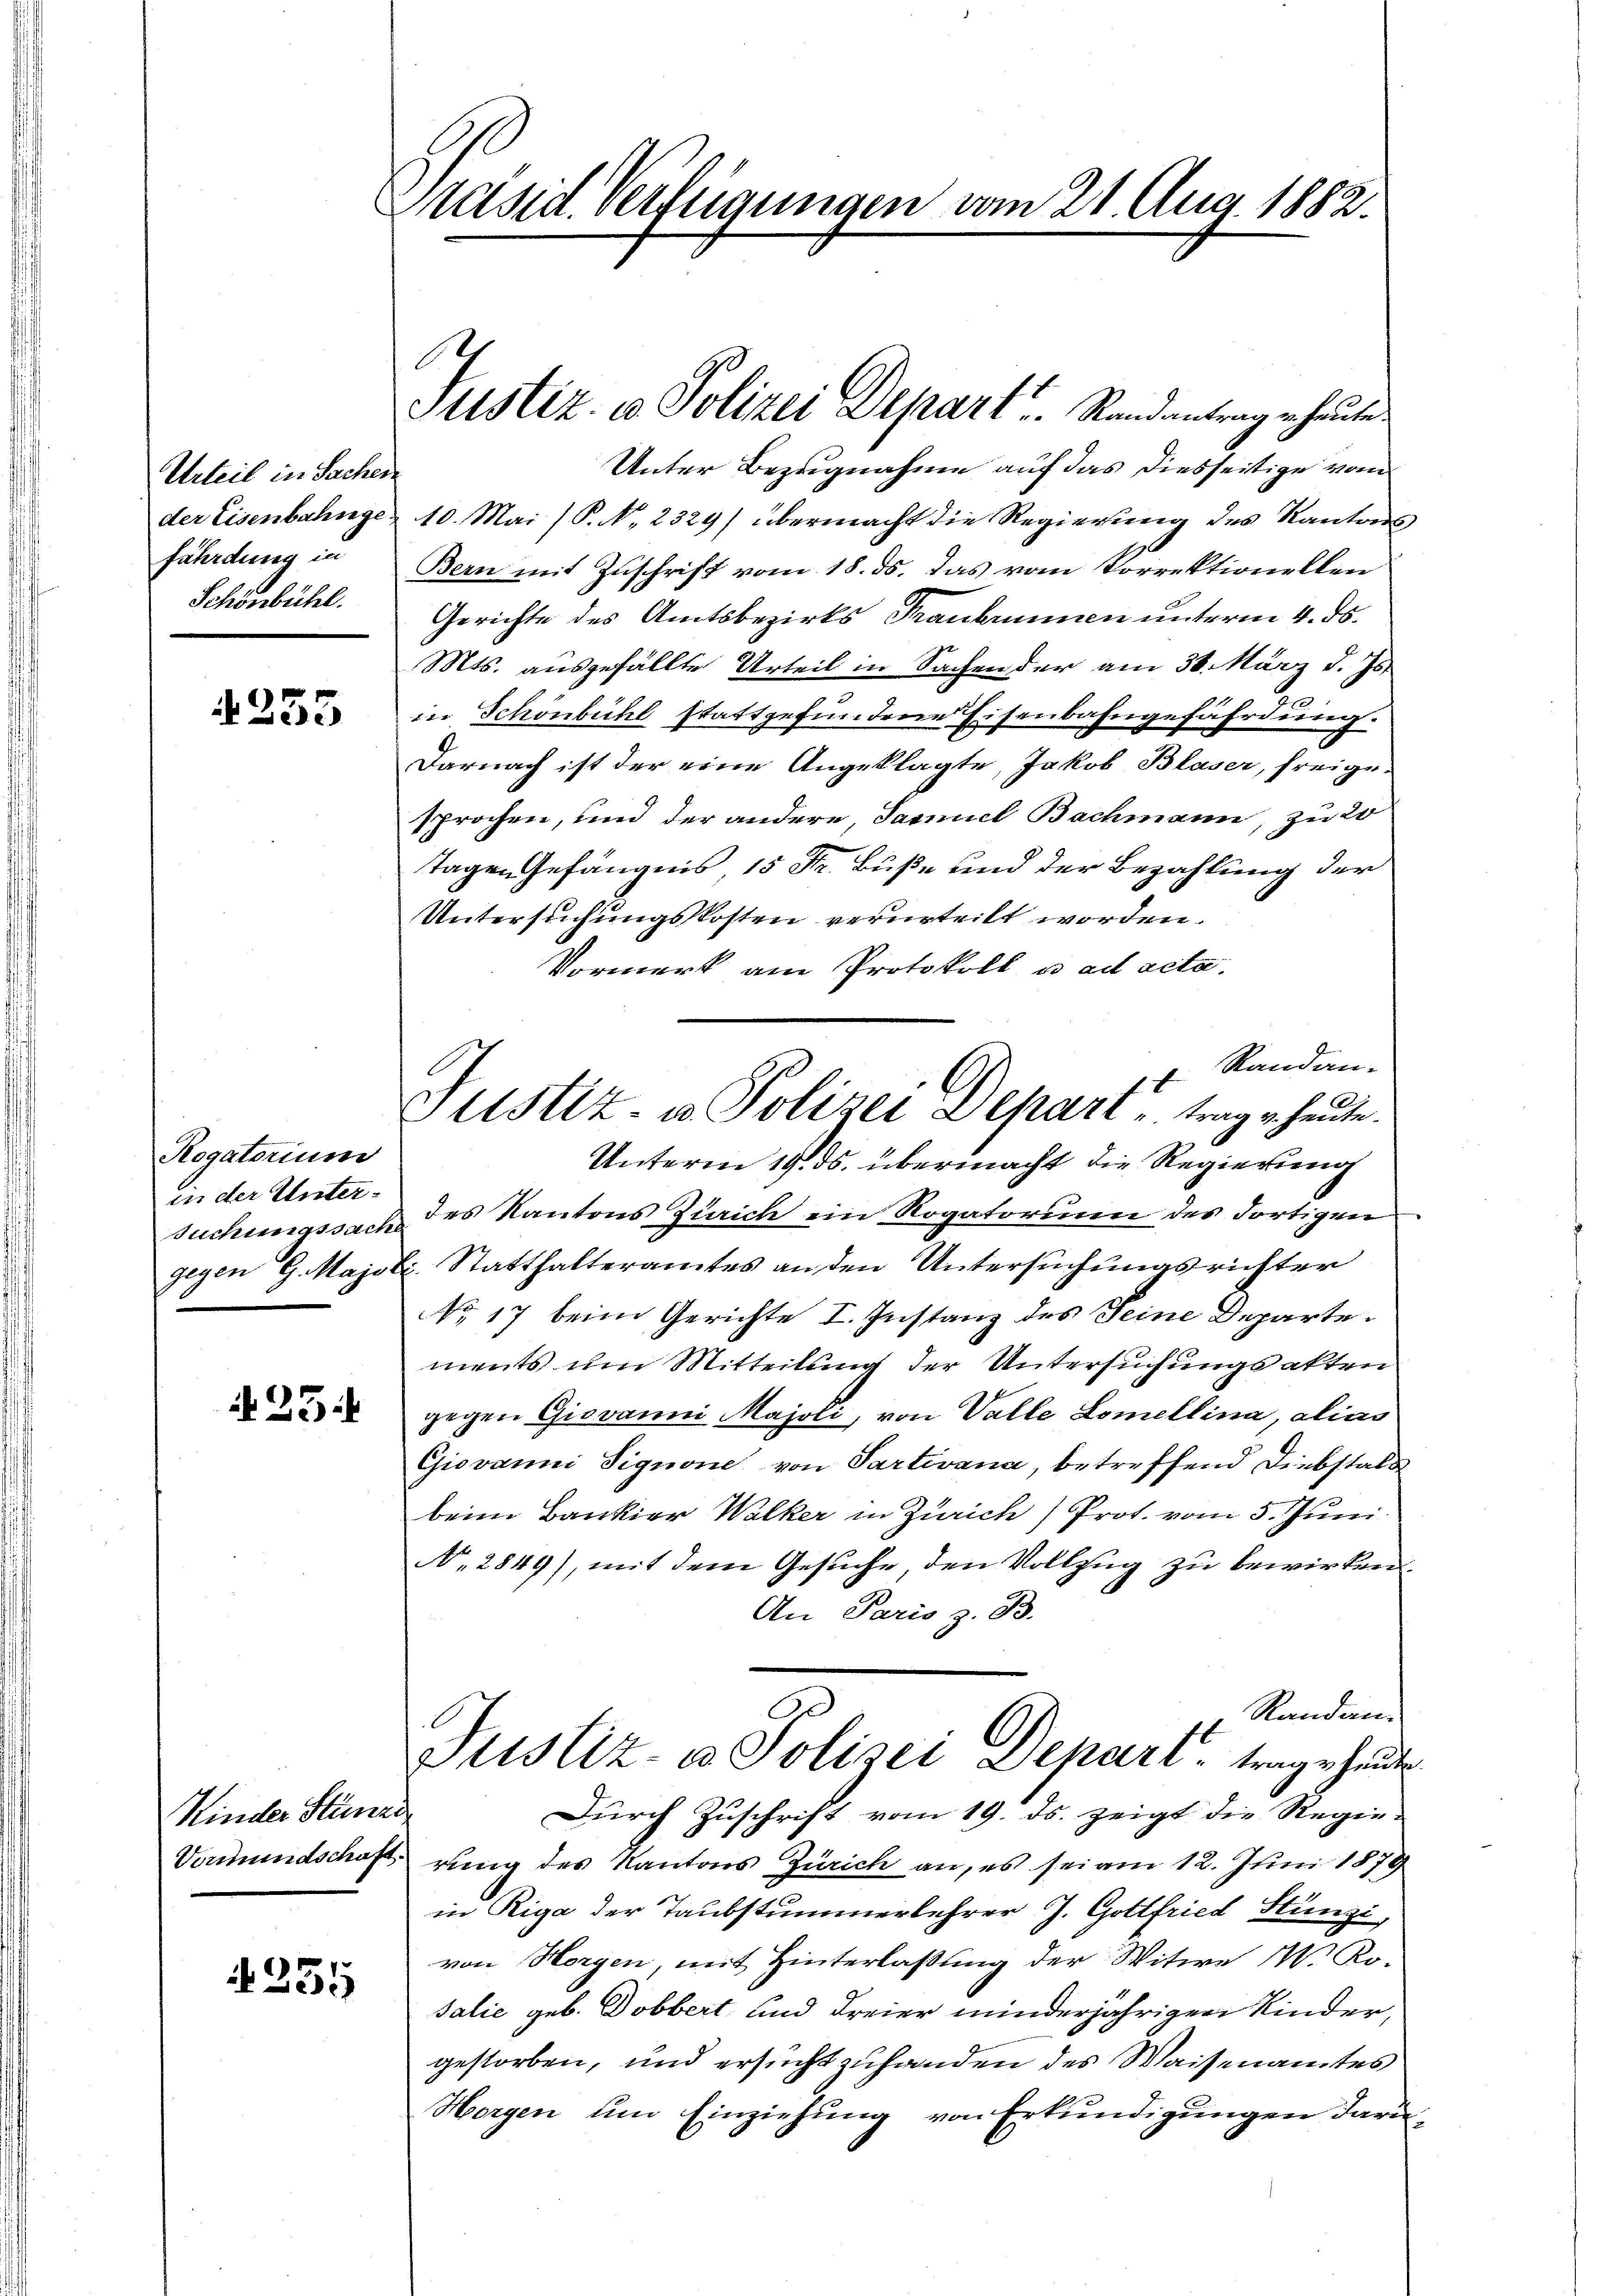
Urteil in Sachen
der Eisenbahnge.
fährdung in
Schönbühl.

4255

Rogatorium
in der Unter¬

23:

Kinder Stünzi

255

Präsid. Verfügungen vom 21. Aug. 1882.

l

Unter Bezugnahme auf das diesseitige vom
10. Mai (P. N. 2329) übermacht die Regierung des Kantons
Bern mit Zuschrift vom 18. ds. das vom Vorrektionellen
Gerichte des Amtsbezirks Traubrunnen unterm 4. ds.
Mts. ausgefällte Urteil in Sachen der am 30. März d. Js.
2
in Schönbühl stattgefundene Eisenbahngefährdung.
Darnach ist der eine Angeklagte, Jakob Blaser, freigesprochen, und der andere, Samuel Bachmann, zu 20
Tagen Gefängnis, 15 Fr. Buße und der Bezahlung der
Untersuchungskosten verurteilt worden.
Vormerk am Protokoll u. ad acta.
Randan-
Unterm 19. ds. übermacht die Regierung
suchungssach des Kantons Zürich ein Rogatorium des dortigen
gegen G. Majoli Statthalteramtes an den Untersuchungsrichter
No 17 beim Gerichte I. Instanz des Seine Departe
ments um Mitteilung der Untersuchungsakten.
gegen Giovanni Majoli, von Valle Lomellina, alias
Giovami Signone von Partivana, betreffend Diebstals
beim Bankier Walker in Zürich) Prot. vom 5. Juni
N. 2849), mit dem Gesuche, den Vollzug zu bewirken
An Paris z. B.
Randan¬
Justiz- u. Polizei Depart, trage heute
Durch Zuschrift vom 19. ds. zeigt die Regie-
Vormundschaft rung des Kantons Zürich an, es sei am 12. Juni 1879
in Riga der Taubstummerlehrer J. Gottfried Stünzi,
von Horgen, mit Hinterlassung der Witwe M. Kosalić geb. Dobbert, und Freier minderjährigen Kinder,
gestorben, und ersucht zuhanden des Waisenamtes
Horgen um Einziehung von Erkundigungen darü¬

Justiz- u Polizei Depart u. Randantrag erhaute.

1x
Justiz- u. Polizei Depari trage heute.